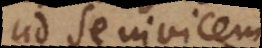
ad se invicem